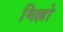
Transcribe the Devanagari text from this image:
मिल्लो